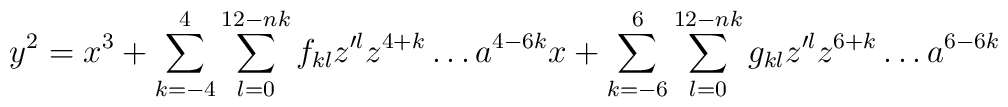
y^2=x^3+\sum_{k=-4}^{4}\sum_{l=0}^{12-nk}f_{kl}z^{\prime l}z^{4+k}\ldots a^{4-6k}x+\sum_{k=-6}^{6}\sum_{l=0}^{12-nk}g_{kl}z^{\prime l}z^{6+k}\ldots a^{6-6k}